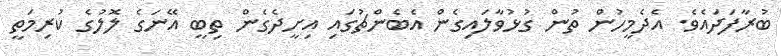
ބުރާފަދައެވެ. އެދެމީހުން ތުން ގުޅުވާލައިގެން އެބެންޗުގައި އިށީދެގެން ތިބީ އޭނަގެ ލޮލުގެ ކުރިމަތީ